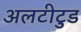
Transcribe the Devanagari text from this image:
अलटीटुड